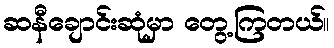
ဆနီချောင်းဆုံမှာ တွေ့ကြတယ်။